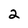
Character: 2